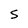
Character: S